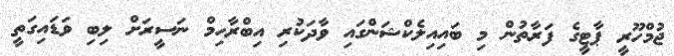
ޖުމްހޫރީ ޕާޓީގެ ފަރާތުން މި ބައިއިލެކްޝަންގައި ވާދަކުރި އިބްރާހިމް ނަސީރަށް ލިބި ވަޑައިގަތީ